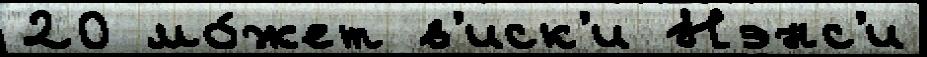
20 мо́жет в'иск'и Нэнс'и